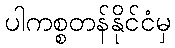
ပါကစ္စတန်နိုင်ငံမှ